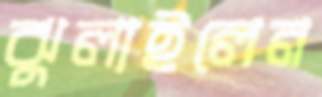
ঝুলাইলেন